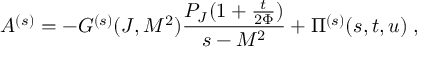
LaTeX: A ^ { ( s ) } = - G ^ { ( s ) } ( J , M ^ { 2 } ) \frac { P _ { J } ( 1 + \frac { t } { 2 \Phi } ) } { s - M ^ { 2 } } + \Pi ^ { ( s ) } ( s , t , u ) \; ,